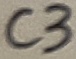
Text: C3